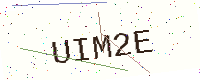
Text: UIM2E